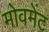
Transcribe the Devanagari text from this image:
मोवमेंट